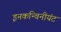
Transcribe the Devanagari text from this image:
इनकन्विनीयंट